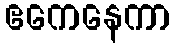
ဧကေနေကာ